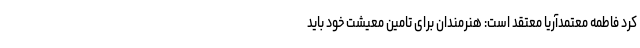
کرد فاطمه معتمدآریا معتقد است: هنرمندان برای تامین معیشت خود باید